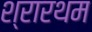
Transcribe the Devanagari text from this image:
श्रारथम